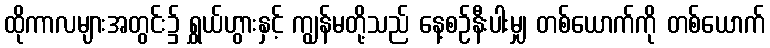
ထိုကာလများအတွင်း၌ ရွှယ်ဟွားနှင့် ကျွန်မတို့သည် နေ့စဉ်နီးပါးမျှ တစ်ယောက်ကို တစ်ယောက်